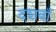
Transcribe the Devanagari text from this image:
दशवाँ